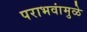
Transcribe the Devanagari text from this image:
पराभवांमुळे